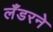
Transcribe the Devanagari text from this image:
लँडरने